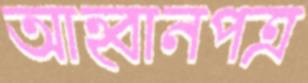
আহ্বানপত্র